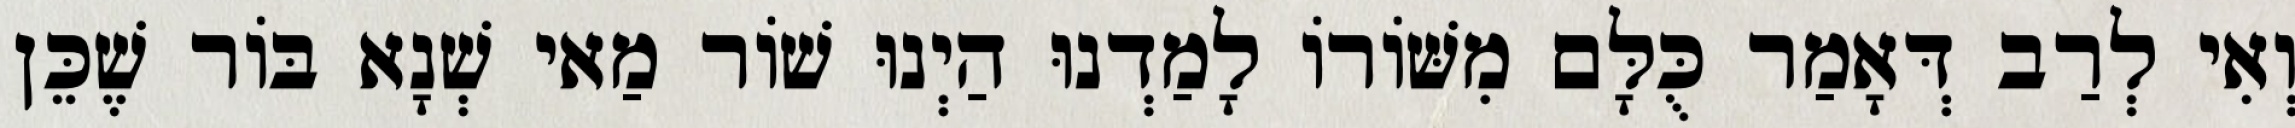
וְאִי לְרַב דְּאָמַר כֻּלָּם מִשּׁוֹרוֹ לָמַדְנוּ הַיְנוּ שׁוֹר מַאי שְׁנָא בּוֹר שֶׁכֵּן